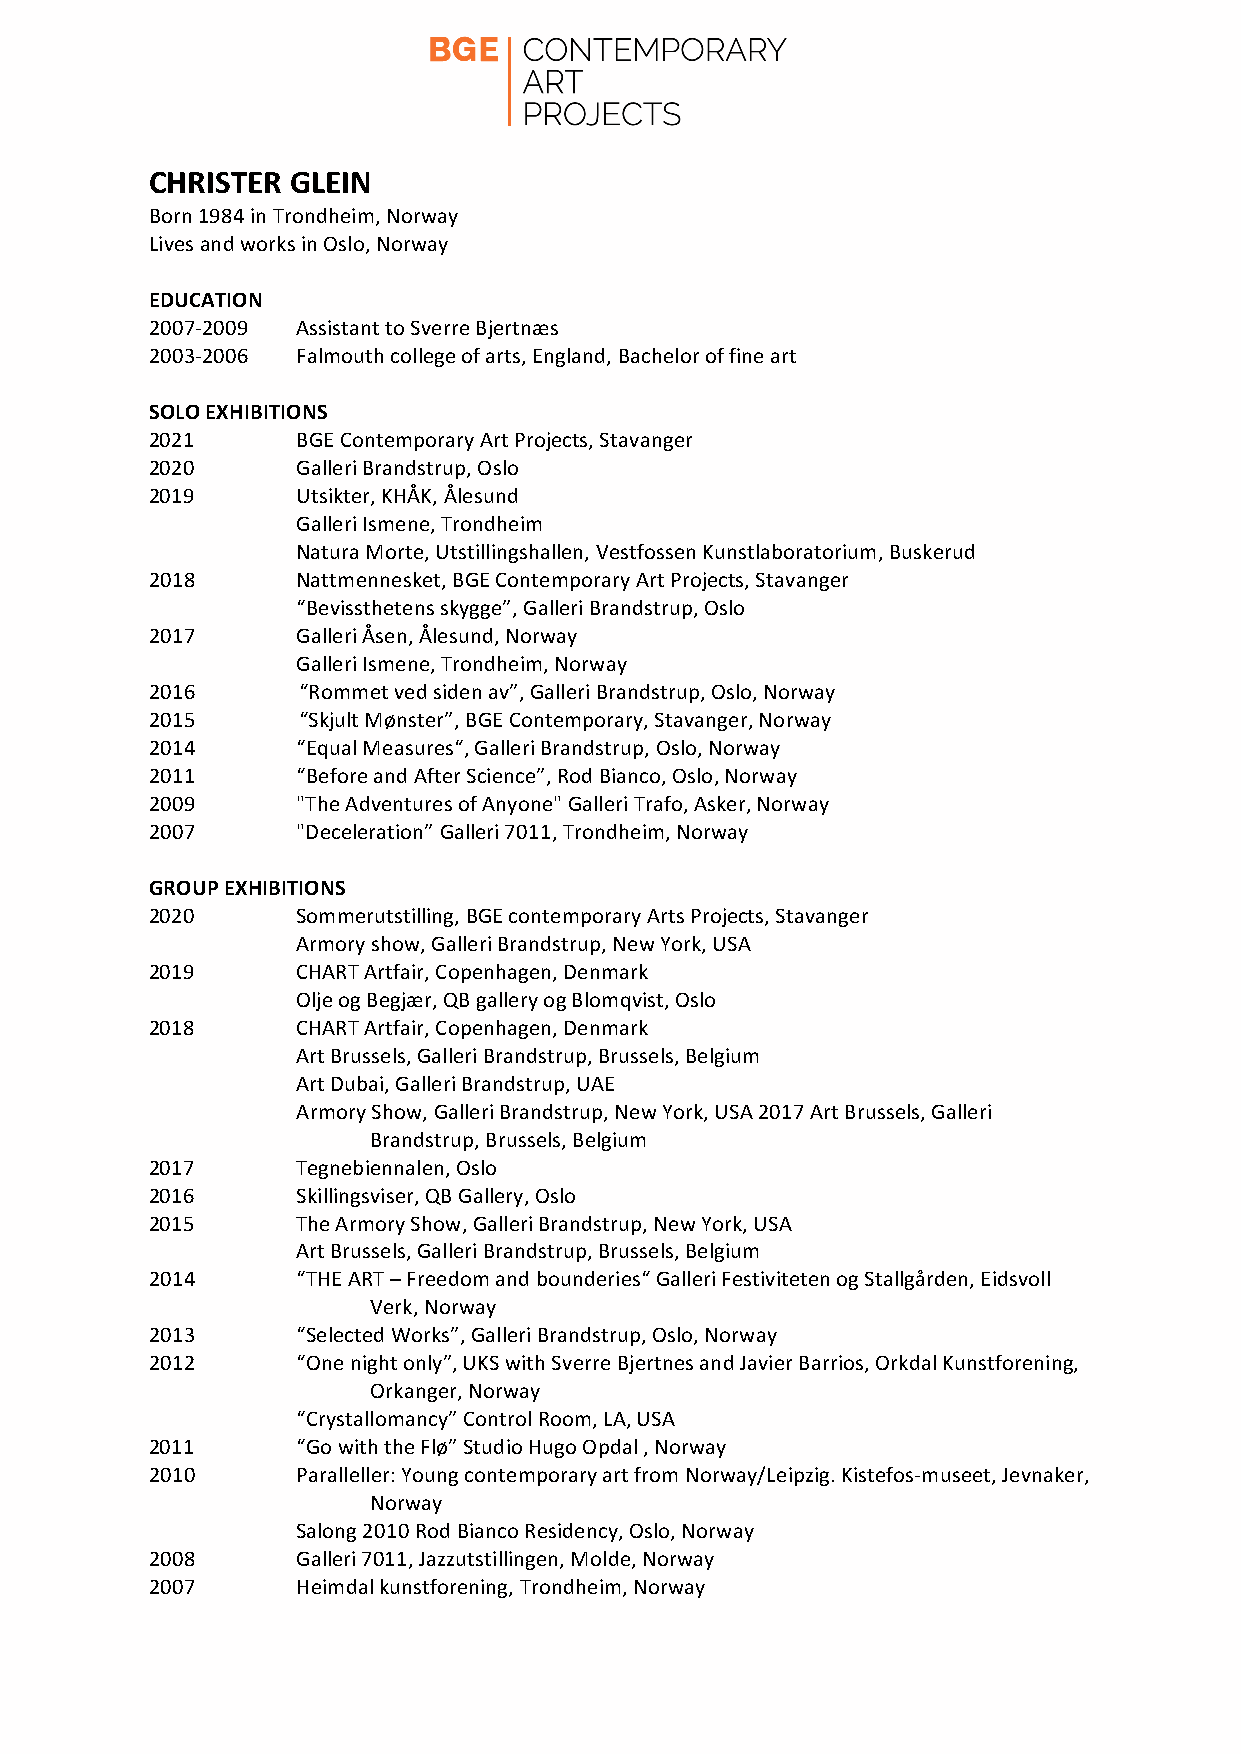
CHRISTER GLEIN
 Born 1984 in Trondheim, Norway
 Lives and works in Oslo, Norway
 EDUCATION
 2007-2009 Assistant to Sverre Bjertnæs
 2003-2006 Falmouth college of arts, England, Bachelor of fine art
 SOLO EXHIBITIONS
 2021      BGE Contemporary Art Projects, Stavanger
 2020      Galleri Brandstrup, Oslo
 2019      Utsikter, KHÅK, Ålesund
 Galleri Ismene, Trondheim
 Natura Morte, Utstillingshallen, Vestfossen Kunstlaboratorium, Buskerud
 2018      Nattmennesket, BGE Contemporary Art Projects, Stavanger
 “Bevissthetens skygge”, Galleri Brandstrup, Oslo
 2017      Galleri Åsen, Ålesund, Norway
 Galleri Ismene, Trondheim, Norway
 2016      “Rommet ved siden av”, Galleri Brandstrup, Oslo, Norway
 2015      “Skjult Mønster”, BGE Contemporary, Stavanger, Norway
 2014      “Equal Measures“, Galleri Brandstrup, Oslo, Norway
 2011      “Before and After Science”, Rod Bianco, Oslo, Norway
 2009      "The Adventures of Anyone" Galleri Trafo, Asker, Norway
 2007      "Deceleration” Galleri 7011, Trondheim, Norway
 GROUP EXHIBITIONS
 2020      Sommerutstilling, BGE contemporary Arts Projects, Stavanger
 Armory show, Galleri Brandstrup, New York, USA
 2019      CHART Artfair, Copenhagen, Denmark
 Olje og Begjær, QB gallery og Blomqvist, Oslo
 2018      CHART Artfair, Copenhagen, Denmark
 Art Brussels, Galleri Brandstrup, Brussels, Belgium
 Art Dubai, Galleri Brandstrup, UAE
 Armory Show, Galleri Brandstrup, New York, USA 2017 Art Brussels, Galleri
 Brandstrup, Brussels, Belgium
 2017      Tegnebiennalen, Oslo
 2016      Skillingsviser, QB Gallery, Oslo
 2015      The Armory Show, Galleri Brandstrup, New York, USA
 Art Brussels, Galleri Brandstrup, Brussels, Belgium
 2014      “THE ART – Freedom and bounderies“ Galleri Festiviteten og Stallgården, Eidsvoll
 Verk, Norway
 2013      “Selected Works”, Galleri Brandstrup, Oslo, Norway
 2012      “One night only”, UKS with Sverre Bjertnes and Javier Barrios, Orkdal Kunstforening,
 Orkanger, Norway
 “Crystallomancy” Control Room, LA, USA
 2011      “Go with the Flø” Studio Hugo Opdal , Norway
 2010      Paralleller: Young contemporary art from Norway/Leipzig. Kistefos-museet, Jevnaker,
 Norway
 Salong 2010 Rod Bianco Residency, Oslo, Norway
 2008      Galleri 7011, Jazzutstillingen, Molde, Norway
 2007      Heimdal kunstforening, Trondheim, Norway